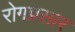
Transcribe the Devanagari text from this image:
रोगप्रसार